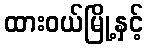
ထားဝယ်မြို့နှင့်